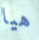
هيا